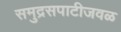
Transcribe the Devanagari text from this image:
समुद्रसपाटीजवळ